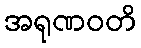
အရုဏဝတိ